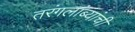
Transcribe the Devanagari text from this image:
तरंगलांब्यांची